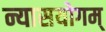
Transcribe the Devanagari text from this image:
न्यासयोगम्